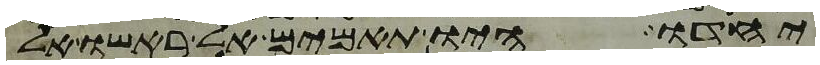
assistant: יחדו היו תאמים אל ראשו אל